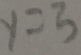
y = 3